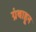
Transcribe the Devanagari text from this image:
ग्रंथाहून